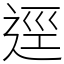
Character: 逕